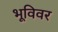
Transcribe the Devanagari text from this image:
भूविवर